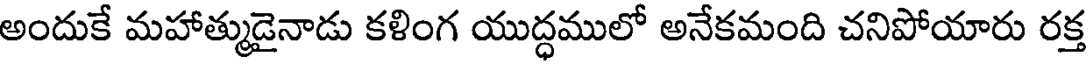
అందుకే మహాత్ముడైనాడు కళింగ యుద్ధములో అనేకమంది చనిపోయారు రక్త